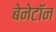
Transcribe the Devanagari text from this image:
बेनेटॉन